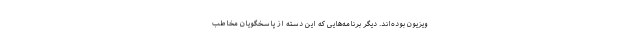
ویزیون بوده‌­اند. دیگر برنامه­‌هایی که این دسته از پاسخگویان مخاطب